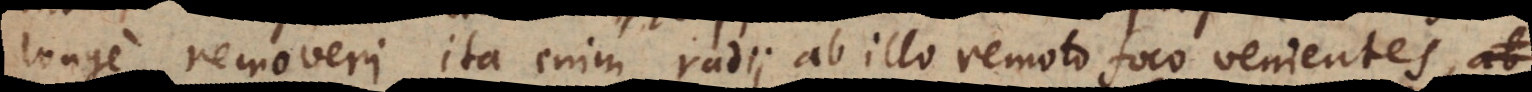
longe removeri, ita enim radii ab illo remoto foco venientes, a